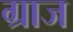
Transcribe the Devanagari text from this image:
ग्राज